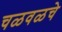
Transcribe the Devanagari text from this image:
चळवळचे